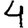
Digit: 4